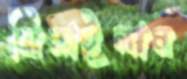
ঝিমাইলাম